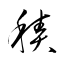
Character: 積